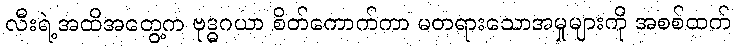
လီးရဲ့အထိအတွေ့က ဗုဒ္ဓဂယာ စိတ်ကောက်ကာ မတရားသောအမှုများကို အစစ်ထက်